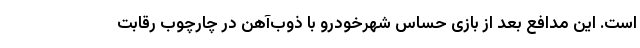
است. این مدافع بعد از بازی حساس شهرخودرو با ذوب‌آهن در چارچوب رقابت